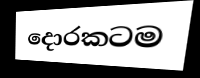
දොරකටම